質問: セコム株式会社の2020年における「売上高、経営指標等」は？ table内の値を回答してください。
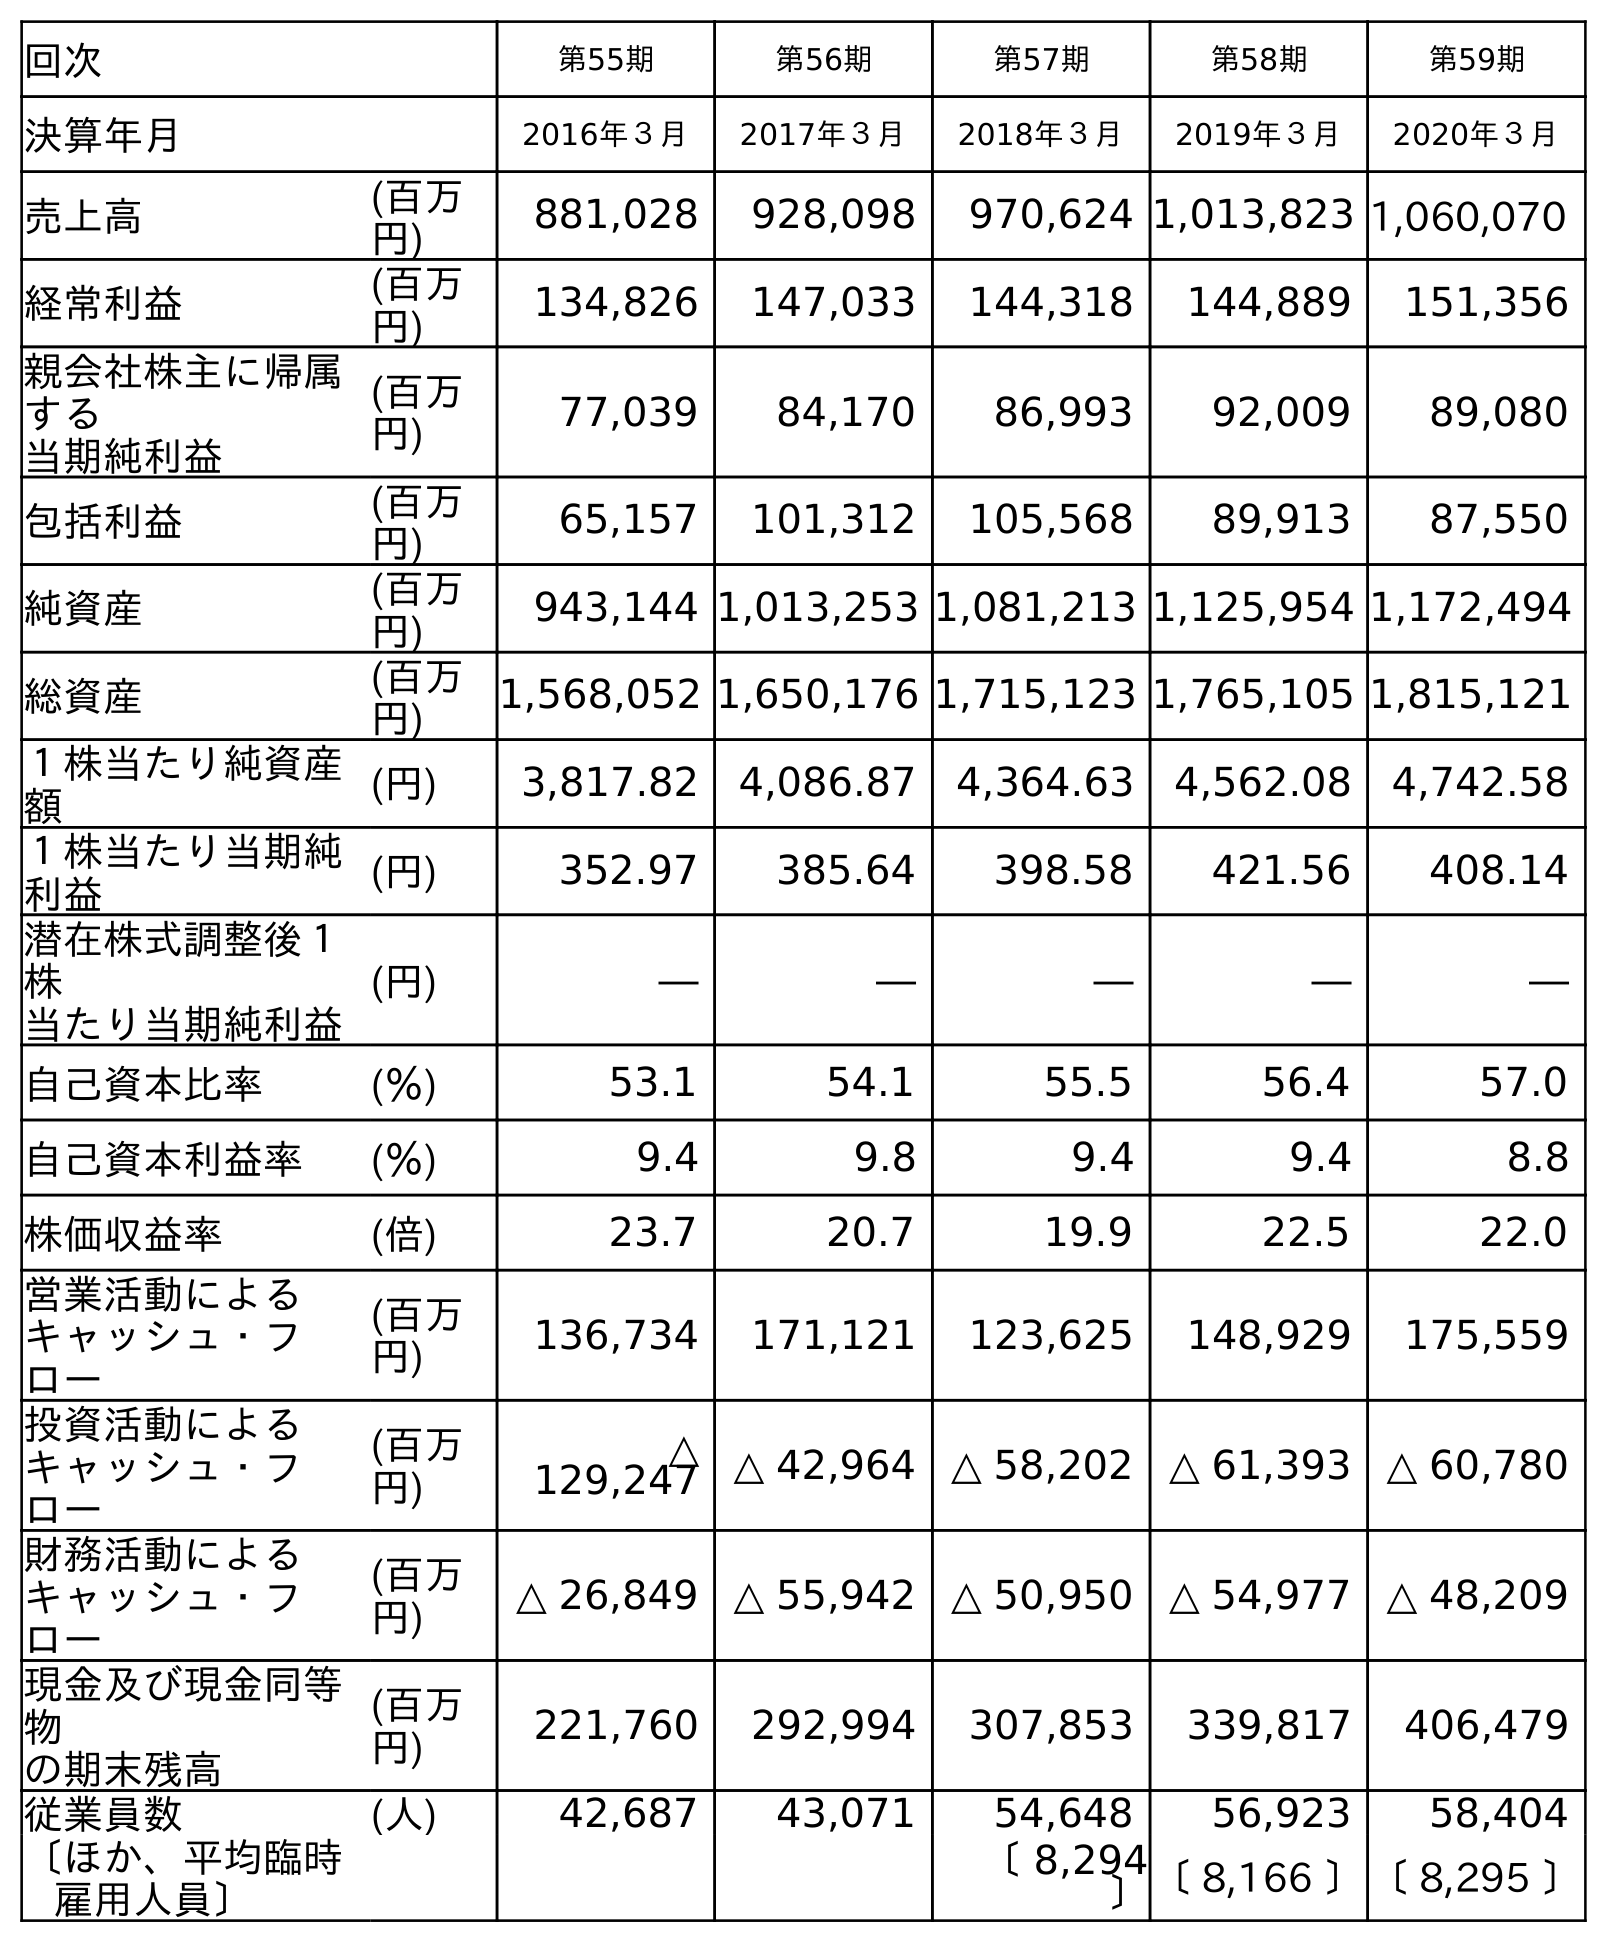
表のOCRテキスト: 回次 第55期 第56期 第57期 第58期 第59期 決算年月 2016年３月 2017年３月 2018年３月 2019年３月 2020年３月 売上高 (百万 円) 881,028 928,098 970,624 1,013,823 1,060,070 経常利益 (百万 円) 134,826 147,033 144,318 144,889 151,356 親会社株主に帰属 する 当期純利益 (百万 円) 77,039 84,170 86,993 92,009 89,080 包括利益 (百万 円) 65,157 101,312 105,568 89,913 87,550 純資産 (百万 円) 943,144 1,013,253 1,081,213 1,125,954 1,172,494 総資産 (百万 円) 1,568,052 1,650,176 1,715,123 1,765,105 1,815,121 １株当たり純資産 額 (円) 3,817.82 4,086.87 4,364.63 4,562.08 4,742.58 １株当たり当期純 利益 (円) 352.97 385.64 398.58 421.56 408.14 潜在株式調整後１ 株 当たり当期純利益 (円) ― ― ― ― ― 自己資本比率 (％) 53.1 54.1 55.5 56.4 57.0 自己資本利益率 (％) 9.4 9.8 9.4 9.4 8.8 株価収益率 (倍) 23.7 20.7 19.9 22.5 22.0 営業活動による キャッシュ・フ ロー (百万 円) 136,734 171,121 123,625 148,929 175,559 投資活動による キャッシュ・フ ロー (百万 円) △ 129,247 △ 42,964 △ 58,202 △ 61,393 △ 60,780 財務活動による キャッシュ・フ ロー (百万 円) △ 26,849 △ 55,942 △ 50,950 △ 54,977 △ 48,209 現金及び現金同等 物 の期末残高 (百万 円) 221,760 292,994 307,853 339,817 406,479 従業員数 (人) 42,687 43,071 54,648 56,923 58,404 〔ほか、平均臨時 雇用人員〕 〔 8,294 〕〔 8,166 〕〔 8,295 〕
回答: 1,060,070